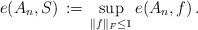
LaTeX: \begin{align*} e(A_n,S) \,:=\, \sup_{\|f\|_F \leq 1} e(A_n,f) \,.\end{align*}